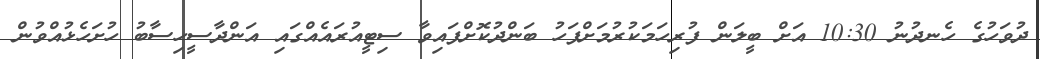
ދުވަހުގެ ހެނދުނު 10:30 އަށް ބީލަން ފުރިހަމަކުރުމަށްފަހު ބަންދުކޮށްފައިވާ ސިޓީއުރައެއްގައި އަންދާސީހިސާބު ހުށަހެޅުއްވުން